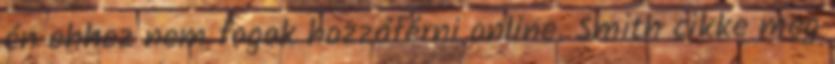
én ehhez nem fogok hozzáférni online. Smith cikke meg